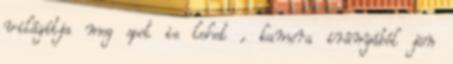
világítja meg spot is lehet , kamera irányából jön